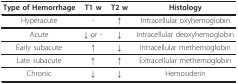
| Type of Hemorrhage | T1 w | T2 w | Histology |
 | --- | --- | --- | --- |
 | Hyperacute | - | ↑ | Intracellular oxyhemoglobin |
 | Acute | ↓ or - | ↓ | Intracellular deoxyhemoglobin |
 | Early subacute | ↑ | ↓ | Intracellular methemoglobin |
 | Late subacute | ↑ | ↑ | Extracellular methemoglobin |
 | Chronic | ↓ | ↓ | Hemosiderin |